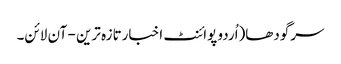
سرگودھا(اُردو پوائنٹ اخبارتازہ ترین - آن لائن۔